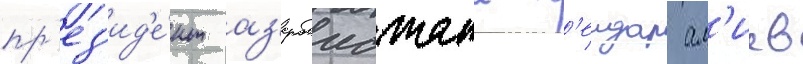
пр'ез'ид'е́нт аз'ербаиджана г'еидар ал'иев